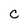
Character: c